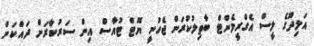
އަލިދޫގެ ލީސް އެގްރީމެންޓް ބާތިލުކުރަން ޖެހުނީ ޔޮޓް ޓުއާސް އިން ސަރުކާރަށް ދައްކަން